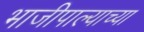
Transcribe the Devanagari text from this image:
भाजीपाल्याच्या